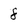
Character: 8